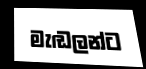
මැඬලන්ට